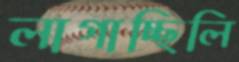
লাগাচ্ছিলি